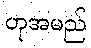
ဟုအမည်